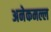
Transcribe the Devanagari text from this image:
अनेकमल्ल